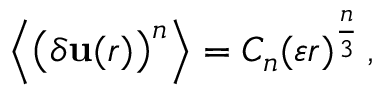
{ \Big \langle } { \big ( } \delta \mathbf { u } ( r ) { \big ) } ^ { n } { \Big \rangle } = C _ { n } ( \varepsilon r ) ^ { \frac { n } { 3 } } \, ,